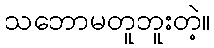
သဘောမတူဘူးတဲ့။